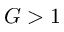
G > 1